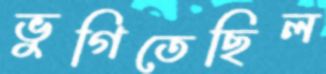
ভুগিতেছিল